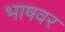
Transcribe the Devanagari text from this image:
भाषवर